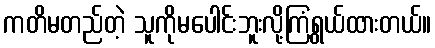
ကတိမတည်တဲ့ သူကိုမပေါင်းဘူးလို့ကြံရွယ်ထားတယ်။